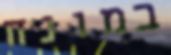
במונח